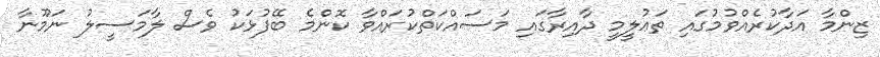
ޒިންމާ އަދާކުރެއްވުމުގައި ތަޢުލީމީ ދާއިރާގައި މަސައްކަތްކުރައްވާ ކޮންމެ ބޭފުޅަކު ވެސް ލާމަސީލު ނަމޫނާ